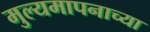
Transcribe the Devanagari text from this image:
मुल्यमापनाच्या